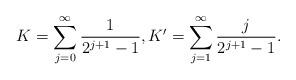
LaTeX: \begin{align*} K= \sum_{j=0}^{\infty} \frac1{2^{j+1}-1}, K'=\sum_{j=1}^{\infty} \frac{j}{2^{j+1}-1}.\end{align*}